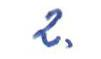
2.